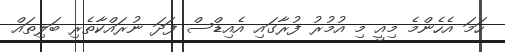
ހަމަ އެހެންމެ މިއީ މި އުމުރު ފުރާގައި އެއިޑްސް ފަދަ ނުރައްކާތެރި ބަލިތައް